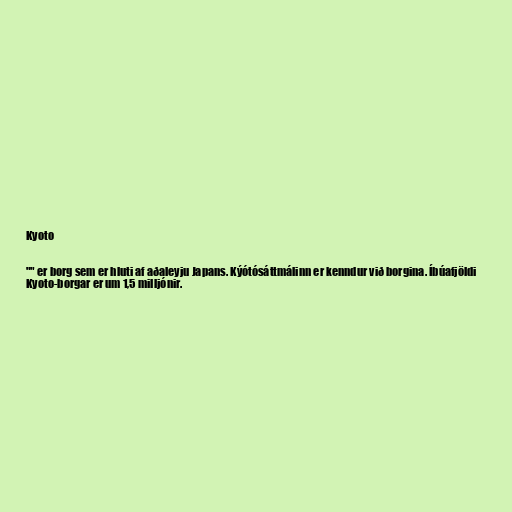
Kyoto

"" er borg sem er hluti af aðaleyju Japans. Kýótósáttmálinn er kenndur við borgina. Íbúafjöldi
Kyoto-borgar er um 1,5 milljónir.